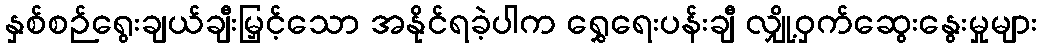
နှစ်စဉ်ရွေးချယ်ချီးမြှင့်သော အနိုင်ရခဲ့ပါက ရွှေရေးပန်းချီ လျှို့ဝှက်ဆွေးနွေးမှုများ